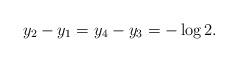
LaTeX: \begin{align*} y_2-y_1=y_4-y_3=-\log 2.\end{align*}